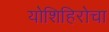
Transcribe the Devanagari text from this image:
योशिहिरोचा